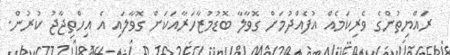
ރައްޔިތުންގެ ވެރިކަމެއް އުފެއްދުމަށް ގޮވާލާ ބޮޑުމުޒާހަރާއަކަށް ގޮވާާލައި އެ އިހްތިޖާޖު ކުރުން.